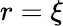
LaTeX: r=\xi